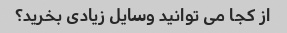
از کجا می توانید وسایل زیادی بخرید؟